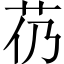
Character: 芿